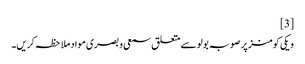
[3]
ویکی کومنز پر صوبہ بولو سے متعلق سمعی و بصری مواد ملاحظہ کریں۔